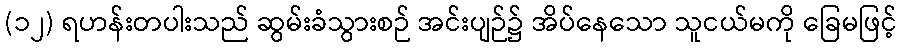
(၁၂) ရဟန်းတပါးသည် ဆွမ်းခံသွားစဉ် အင်းပျဉ်၌ အိပ်နေသော သူငယ်မကို ခြေမဖြင့်